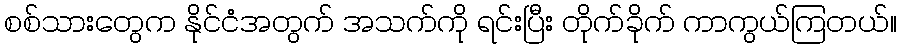
စစ်သားတွေက နိုင်ငံအတွက် အသက်ကို ရင်းပြီး တိုက်ခိုက် ကာကွယ်ကြတယ်။